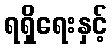
ရရှိရေးနှင့်